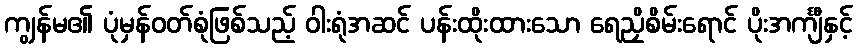
ကျွန်မ၏ ပုံမှန်ဝတ်စုံဖြစ်သည့် ဝါးရုံအဆင် ပန်းထိုးထားသော ရေညှိစိမ်းရောင် ပိုးအင်္ကျီနှင့်